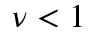
\nu < 1